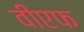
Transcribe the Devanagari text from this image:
वीएफ